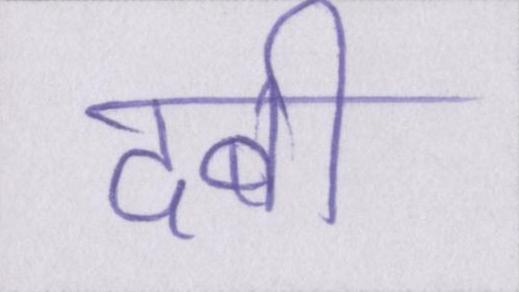
दबी